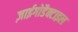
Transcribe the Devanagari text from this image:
ज़ाईगोडैक्टाइल